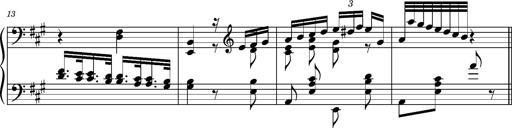
Title: Ungarischer Romanzero
Composer: Franz Liszt